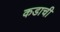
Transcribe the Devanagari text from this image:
कडाची